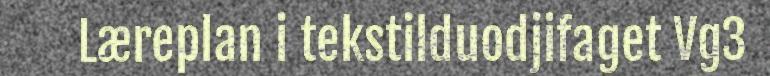
Læreplan i tekstilduodjifaget Vg3